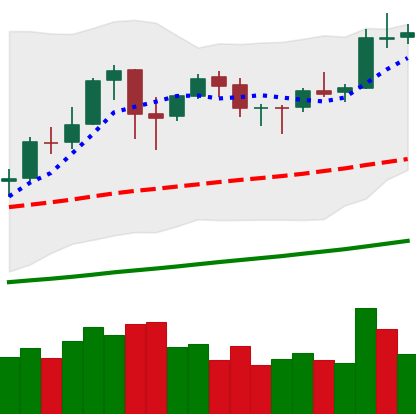
Ticker: BNB-USD
Chart end date: 2020-10-14
Forward return: -3.193%
Label: down_3_5